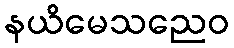
နယိမေသညေဝ